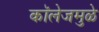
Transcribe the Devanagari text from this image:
कॉलेजमुळे